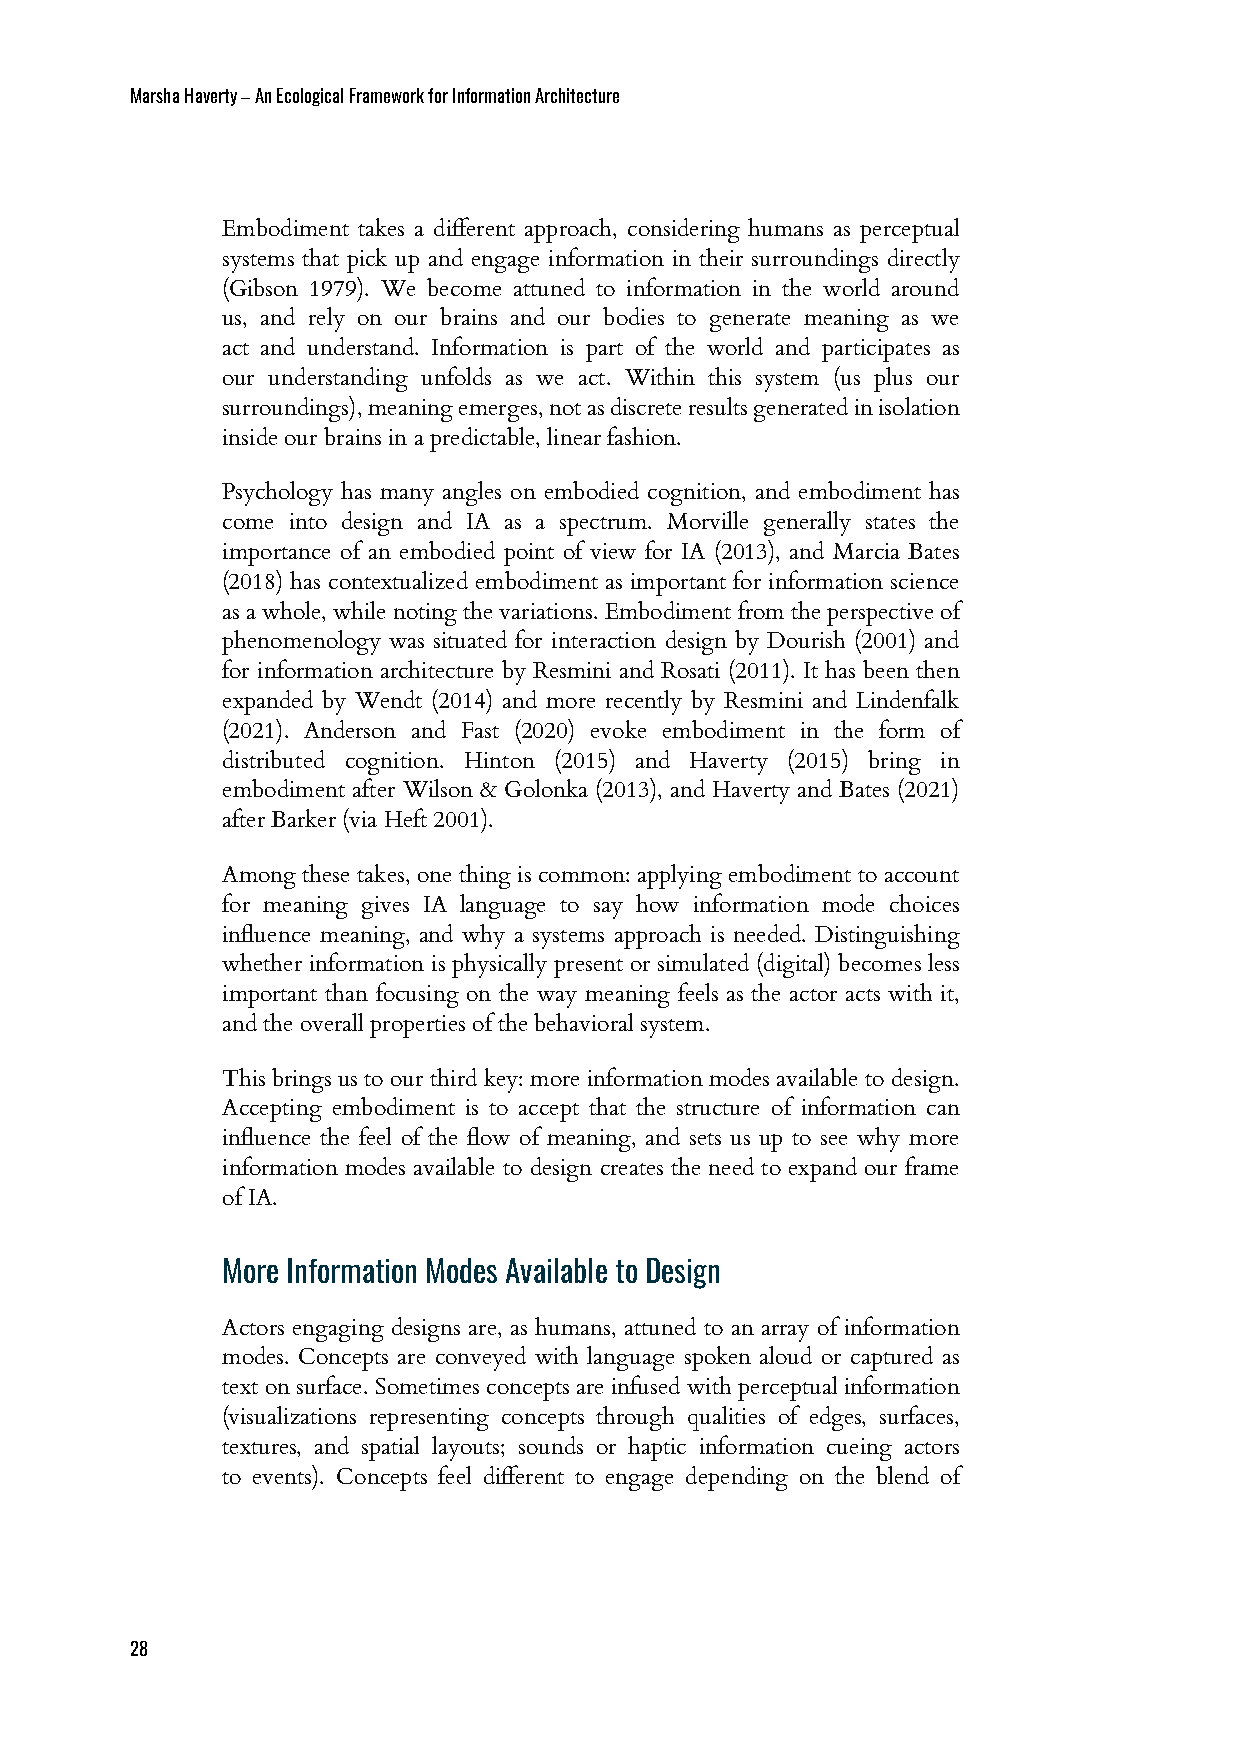
Marsha Haverty – An Ecological Framework for Information Architecture
 Embodiment takes a different approach, considering humans as perceptual
 systems that pick up and engage information in their surroundings directly
 (Gibson 1979). We become attuned to information in the world around
 us, and rely on our brains and our bodies to generate meaning as we
 act and understand. Information is part of the world and participates as
 our understanding unfolds as we act. Within this system (us plus our
 surroundings),meaningemerges,notasdiscreteresultsgeneratedinisolation
 inside our brains in a predictable, linear fashion.
 Psychology has many angles on embodied cognition, and embodiment has
 come into design and IA as a spectrum. Morville generally states the
 importance of an embodied point of view for IA (2013), and Marcia Bates
 (2018) has contextualized embodiment as important for information science
 asawhole,whilenotingthevariations.Embodimentfromtheperspectiveof
 phenomenology was situated for interaction design by Dourish (2001) and
 for information architecture by Resmini and Rosati (2011). It has been then
 expanded by Wendt (2014) and more recently by Resmini and Lindenfalk
 (2021). Anderson and Fast (2020) evoke embodiment in the form of
 distributed cognition. Hinton (2015) and Haverty (2015) bring in
 embodiment after Wilson & Golonka (2013), and Haverty and Bates (2021)
 after Barker (via Heft 2001).
 Among these takes, one thing is common: applying embodiment to account
 for meaning gives IA language to say how information mode choices
 influence meaning, and why a systems approach is needed. Distinguishing
 whether information is physically present or simulated (digital) becomes less
 important than focusing on the way meaning feels as the actor acts with it,
 and the overall properties of the behavioral system.
 Thisbringsustoourthirdkey:moreinformation modesavailabletodesign.
 Accepting embodiment is to accept that the structure of information can
 influence the feel of the flow of meaning, and sets us up to see why more
 information modes available to design creates the need to expand our frame
 of IA.
 More Information Modes Available to Design
 Actors engaging designs are, as humans, attuned to an array of information
 modes. Concepts are conveyed with language spoken aloud or captured as
 text on surface. Sometimes concepts are infused with perceptual information
 (visualizations representing concepts through qualities of edges, surfaces,
 textures, and spatial layouts; sounds or haptic information cueing actors
 to events). Concepts feel different to engage depending on the blend of
 28